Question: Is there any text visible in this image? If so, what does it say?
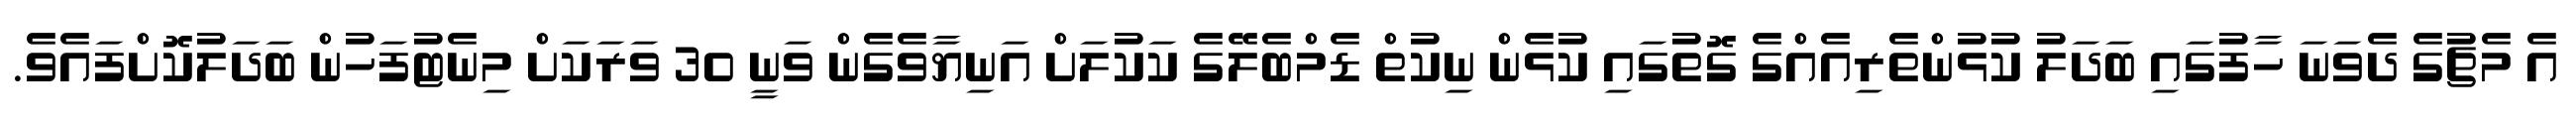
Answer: އެ މެޗުގެ ދެވަނަ ހާފުގައި ބަދަލު ކުޅުންތެރިއެއްގެ ގޮތުގައި ކުޅެން ނިކުތް ޑެމްބެލޭގެ ކަކުލަށް އަނިޔާވެގެން ވަނީ 30 ވަރަކަށް މިނެޓުފަހުން ބަދަލުކޮށްފައެވެ.